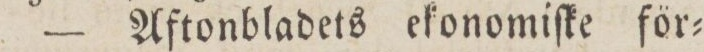
— Aftonbladets ekonomiſke för=